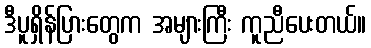
ဒီပူရှိန်ပြားတွေက အများကြီး ကူညီပေးတယ်။